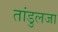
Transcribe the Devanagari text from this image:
तांडुलजा